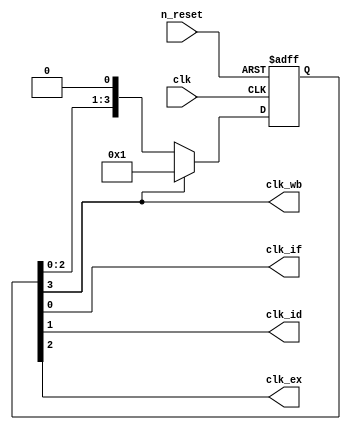
module clock_generator(clk, n_reset, clk_if, clk_id, clk_ex, clk_wb);
	input wire clk;
	input wire n_reset;
	
	output wire clk_if;
	output wire clk_id;
	output wire clk_ex;
	output wire clk_wb;

	reg [7:0] counter;

	always @ (posedge clk or negedge n_reset) begin
		if(n_reset == 1'b0) begin
			counter <= 8'b00000001;
			$display("clock_generator: reset");
		end else begin
			if(counter[3] == 1'b1) begin
				counter <= 8'b00000001;
			end else begin
				counter <= counter << 1;
			end
			$display("clock_generator:");
		end
	end

	assign clk_if = counter[0];
	assign clk_id = counter[1];
	assign clk_ex = counter[2];
	assign clk_wb = counter[3];
endmodule